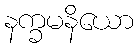
နက္ခမနိယော